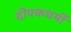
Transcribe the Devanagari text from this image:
दीपकधर्मी